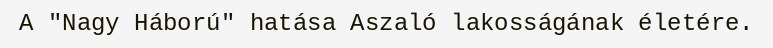
A "Nagy Háború" hatása Aszaló lakosságának életére.